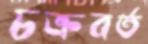
চক্রবর্ত